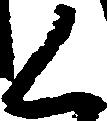
く